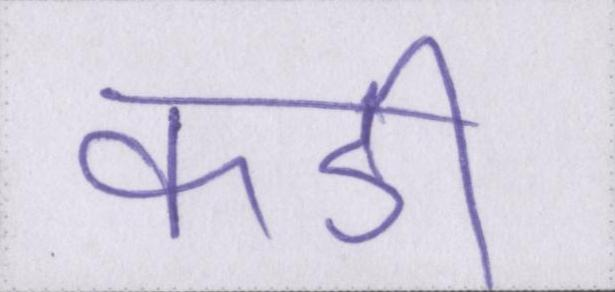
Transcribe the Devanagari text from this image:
कडी